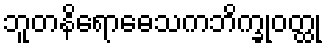
ဘူတနိရောဓေသကဘိက္ခုဝတ္ထု